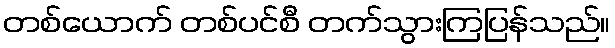
တစ်ယောက် တစ်ပင်စီ တက်သွားကြပြန်သည်။